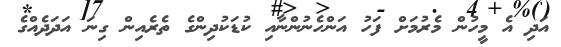
އަދި އެ މީހުން މެރުމަށް ފަހު އަންހެނުންނާއި ކުޑަކުދިންގެ ތެރެއިން ގިނަ އަދަދެއްގެ